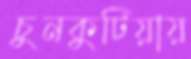
চুনকুটিয়ায়